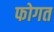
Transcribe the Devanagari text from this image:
फोगत